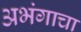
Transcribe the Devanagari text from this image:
अभंगाचा